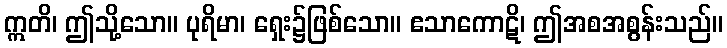
ဣတိ၊ ဤသို့သော။ ပုရိမာ၊ ရှေး၌ဖြစ်သော။ ဧသာကောဋိ၊ ဤအစအစွန်းသည်။